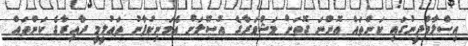
އިސްލާމްދީނުގައި ކަންތައް އޮންނަ ގޮތަށް މަޝްވަރާގެ އުސޫލަށް އެމަނިކުފާނު ތަޢުލީމީ ދާއިރާގެ ކަންތައް